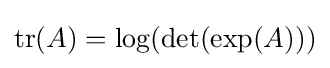
\operatorname {tr} (A)=\log(\det(\exp(A)))